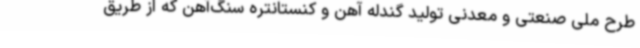
طرح ملی صنعتی و معدنی تولید گندله آهن و کنستانتره سنگ‌آهن که از طریق